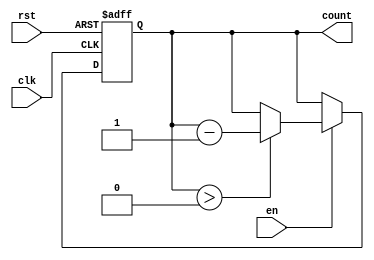
module DecrementalCounter #(
    parameter MAX_VAL = 15  // Define the maximum value for the counter
) (
    input wire clk,          // Clock signal
    input wire rst,          // Asynchronous reset signal
    input wire en,           // Enable signal
    output reg [3:0] count   // Current count value (4 bits for max_val = 15)
);

    // Asynchronous reset and synchronous decrement logic
    always @(posedge clk or posedge rst) begin
        if (rst) begin
            count <= MAX_VAL;  // Reset to maximum value
        end else if (en) begin
            if (count > 0) begin
                count <= count - 1;  // Decrement the counter
            end
            // If count is zero, do nothing (hold at zero)
        end
    end

endmodule